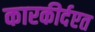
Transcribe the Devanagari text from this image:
कारकीर्दएत